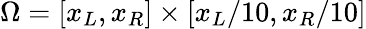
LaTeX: \Omega=[x_{L},x_{R}]\times[x_{L}/10,x_{R}/10]